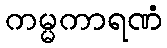
ကမ္မကာရဏံ